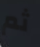
ثم